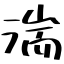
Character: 湍